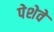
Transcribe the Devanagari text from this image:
पेशेवे